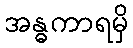
အန္ဓကာရမှိ